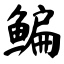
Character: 鳊